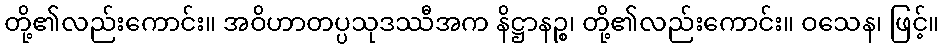
တို့၏လည်းကောင်း။ အဝိဟာတပ္ပသုဒဿီအက နိဋ္ဌာနဉ္စ၊ တို့၏လည်းကောင်း။ ဝသေန၊ ဖြင့်။